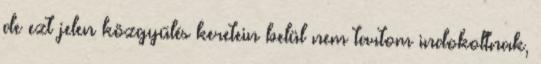
de ezt jelen közgyűlés keretein belül nem tartom indokoltnak,